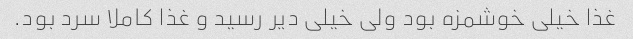
غذا خیلی خوشمزه بود ولی خیلی دیر رسید و غذا کاملا سرد بود.